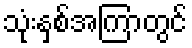
သုံးနှစ်အကြာတွင်